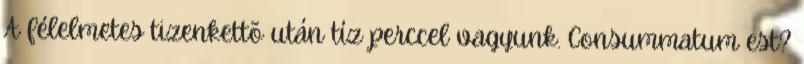
A félelmetes tizenkettõ után tíz perccel vagyunk. Consummatum est?